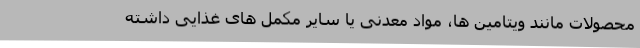
محصولات مانند ویتامین ها، مواد معدنی یا سایر مکمل های غذایی داشته